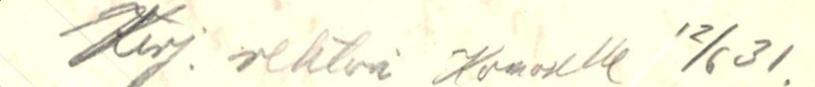
Kirj. rehtori Komoselle 12/6 31.